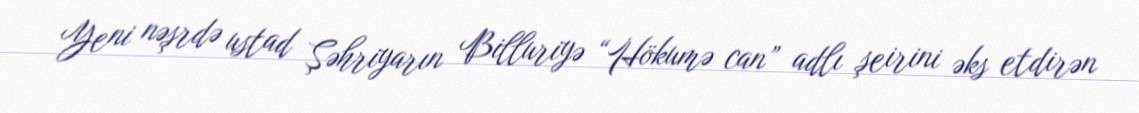
Yeni nəşrdə ustad Şəhriyarın Billuriyə “Hökumə can” adlı şeirini əks etdirən